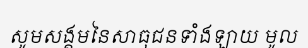
សូមសង្គមនៃសាធុជនទាំងឡាយ មូល